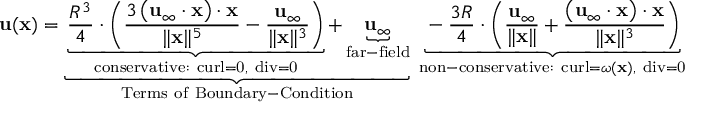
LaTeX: \mathbf { u } ( \mathbf { x } ) = \underbrace { \underbrace { { \frac { R ^ { 3 } } { 4 } } \cdot \left( { \frac { 3 \left( \mathbf { u } _ { \infty } \cdot \mathbf { x } \right) \cdot \mathbf { x } } { \| \mathbf { x } \| ^ { 5 } } } - { \frac { \mathbf { u } _ { \infty } } { \| \mathbf { x } \| ^ { 3 } } } \right) } _ { \mathrm { c o n s e r v a t i v e : ~ c u r l = 0 , ~ d i v = 0 } } + \underbrace { \mathbf { u } _ { \infty } } _ { \mathrm { f a r - f i e l d } } } _ { \mathrm { T e r m s ~ o f ~ B o u n d a r y - C o n d i t i o n } } \; \underbrace { - { \frac { 3 R } { 4 } } \cdot \left( { \frac { \mathbf { u } _ { \infty } } { \| \mathbf { x } \| } } + { \frac { \left( \mathbf { u } _ { \infty } \cdot \mathbf { x } \right) \cdot \mathbf { x } } { \| \mathbf { x } \| ^ { 3 } } } \right) } _ { { \mathrm { n o n - c o n s e r v a t i v e : ~ c u r l } } = { \boldsymbol { \omega } } ( \mathbf { x } ) , { \mathrm { ~ d i v = 0 } } } = \left[ { \frac { 3 R ^ { 3 } } { 4 } } { \frac { \mathbf { x \otimes \mathbf { x } } } { \| \mathbf { x } \| ^ { 5 } } } - { \frac { R ^ { 3 } } { 4 } } { \frac { \mathbb { I } } { \| \mathbf { x } \| ^ { 3 } } } - { \frac { 3 R } { 4 } } { \frac { \mathbf { x } \otimes \mathbf { x } } { \| \mathbf { x } \| ^ { 3 } } } - { \frac { 3 R } { 4 } } { \frac { \mathbb { I } } { \| \mathbf { x } \| } } + \mathbb { I } \right] \cdot \mathbf { u } _ { \infty }